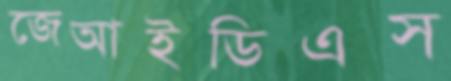
জেআইডিএস